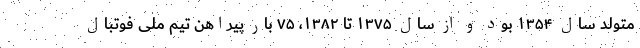
متولد سال ۱۳۵۴ بود و از سال ۱۳۷۵ تا ۱۳۸۲، ۷۵ بار پیراهن تیم ملی فوتبال